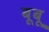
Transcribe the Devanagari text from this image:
बूबू